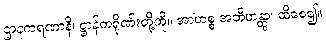
ဌာနကရဏာနိ၊ ဋ္ဌာန်ကရိုဏ်းတို့ကို။ အာဟစ္စ အဘိဟန္တွာ၊ ထိစေ၍။